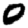
Digit: 0